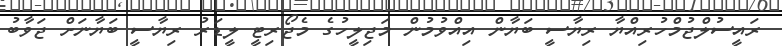
ރައީސުލްޖުމްހުރިއްޔާ ރިޔާސީ ބަޔާން އިއްވުމުން މަޖިލީހުގެ މެޖޯރިޓީ ލީޑަރު ރިޔާސީ ބަޔާނަށް ޖަވާބު